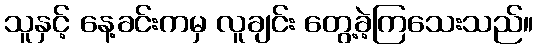
သူနှင့် နေ့ခင်းကမှ လူချင်း တွေ့ခဲ့ကြသေးသည်။